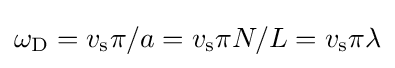
\omega _{\rm {D}}=v_{\rm {s}}\pi /a=v_{\rm {s}}\pi N/L=v_{\rm {s}}\pi \lambda